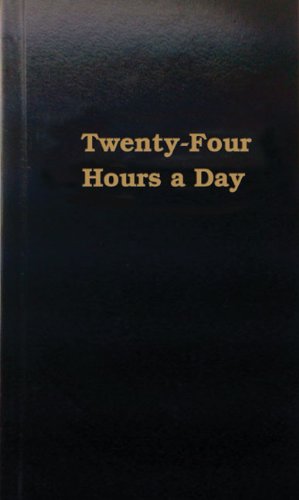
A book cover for Twenty Four Hours a Day; Anonymous; Health, Fitness & Dieting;